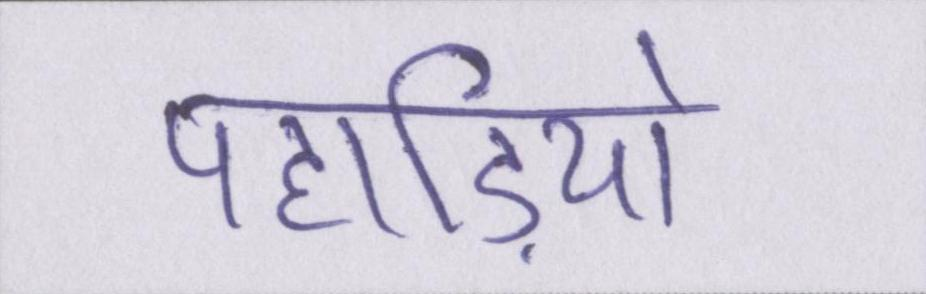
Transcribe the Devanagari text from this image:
पहाड़ियो